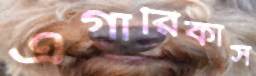
এগারিকাস